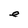
Character: e